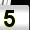
Digit: 5